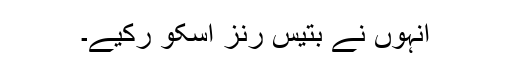
انہوں نے بتیس رنز اسکو رکیے۔